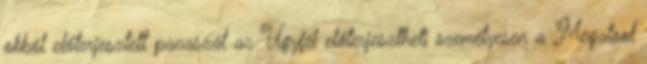
okból előterjesztett panaszát az Ügyfél előterjesztheti személyesen a Megatool